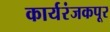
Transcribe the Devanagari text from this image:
कार्यरंजकपूर